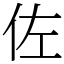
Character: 佐